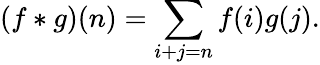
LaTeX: (f*g)(n)=\sum_{i+j=n}f(i)g(j).